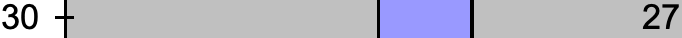
30                   27